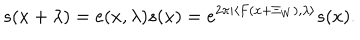
LaTeX: s ( x + \lambda ) = e ( x , \lambda ) s ( x ) = e ^ { 2 \pi i \langle F ( x + \Xi _ { W } ) , \lambda \rangle } s ( x ) .